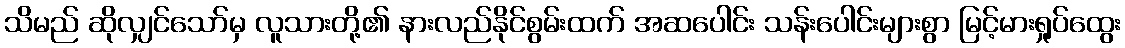
သိမည် ဆိုလျှင်သော်မှ လူသားတို့၏ နားလည်နိုင်စွမ်းထက် အဆပေါင်း သန်းပေါင်းများစွာ မြင့်မားရှုပ်ထွေး